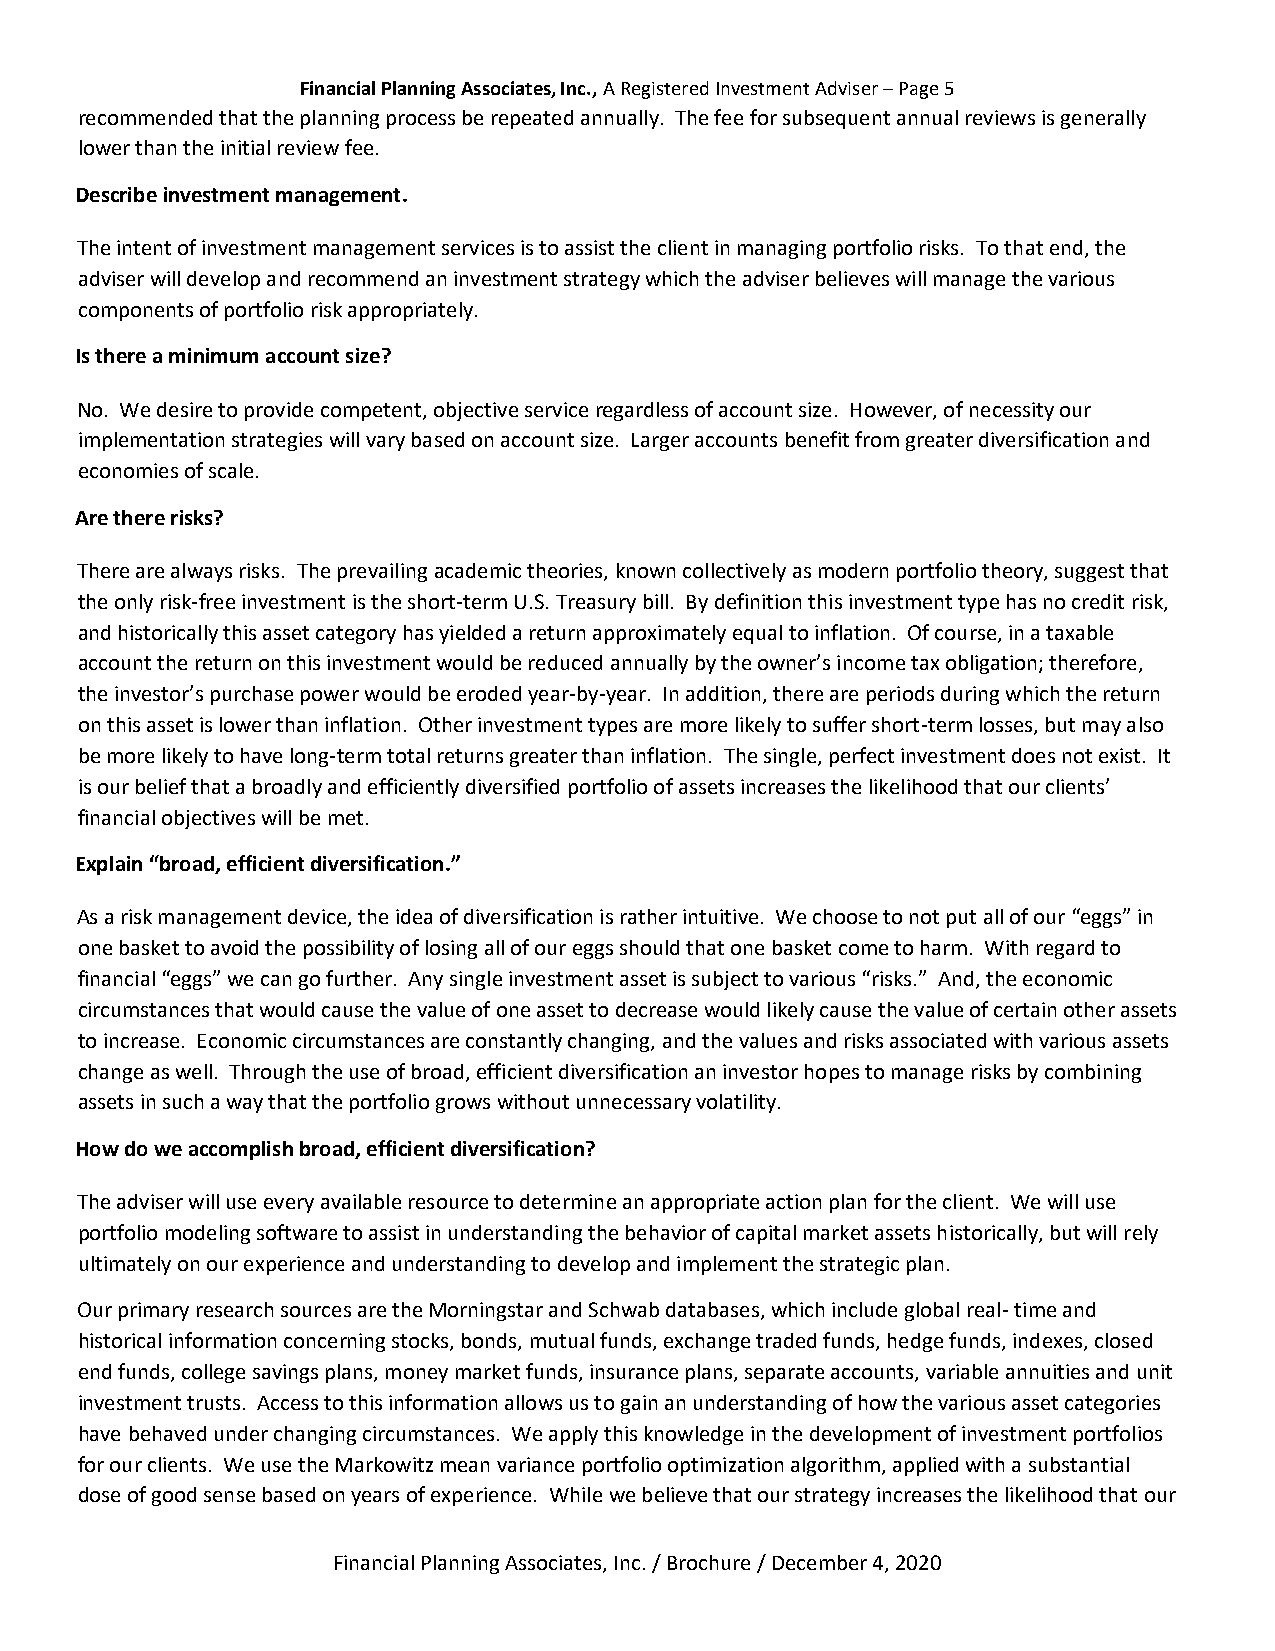
Financial Planning Associates, Inc., A Registered Investment Adviser – Page 5
 recommended that the planning process be repeated annually. The fee for subsequent annual reviews is generally
 lower than the initial review fee.
 Describe investment management.
 The intent of investment management services is to assist the client in managing portfolio risks. To that end, the
 adviser will develop and recommend an investment strategy which the adviser believes will manage the various
 components of portfolio risk appropriately.
 Is there a minimum account size?
 No. We desire to provide competent, objective service regardless of account size. However, of necessity our
 implementation strategies will vary based on account size. Larger accounts benefit from greater diversification and
 economies of scale.
 Are there risks?
 There are always risks. The prevailing academic theories, known collectively as modern portfolio theory, suggest that
 the only risk-free investment is the short-term U.S. Treasury bill. By definition this investment type has no credit risk,
 and historically this asset category has yielded a return approximately equal to inflation. Of course, in a taxable
 account the return on this investment would be reduced annually by the owner’s income tax obligation; therefore,
 the investor’s purchase power would be eroded year-by-year. In addition, there are periods during which the return
 on this asset is lower than inflation. Other investment types are more likely to suffer short-term losses, but may also
 be more likely to have long-term total returns greater than inflation. The single, perfect investment does not exist. It
 is our belief that a broadly and efficiently diversified portfolio of assets increases the likelihood that our clients’
 financial objectives will be met.
 Explain “broad, efficient diversification.”
 As a risk management device, the idea of diversification is rather intuitive. We choose to not put all of our “eggs” in
 one basket to avoid the possibility of losing all of our eggs should that one basket come to harm. With regard to
 financial “eggs” we can go further. Any single investment asset is subject to various “risks.” And, the economic
 circumstances that would cause the value of one asset to decrease would likely cause the value of certain other assets
 to increase. Economic circumstances are constantly changing, and the values and risks associated with various assets
 change as well. Through the use of broad, efficient diversification an investor hopes to manage risks by combining
 assets in such a way that the portfolio grows without unnecessary volatility.
 How do we accomplish broad, efficient diversification?
 The adviser will use every available resource to determine an appropriate action plan for the client. We will use
 portfolio modeling software to assist in understanding the behavior of capital market assets historically, but will rely
 ultimately on our experience and understanding to develop and implement the strategic plan.
 Our primary research sources are the Morningstar and Schwab databases, which include global real- time and
 historical information concerning stocks, bonds, mutual funds, exchange traded funds, hedge funds, indexes, closed
 end funds, college savings plans, money market funds, insurance plans, separate accounts, variable annuities and unit
 investment trusts. Access to this information allows us to gain an understanding of how the various asset categories
 have behaved under changing circumstances. We apply this knowledge in the development of investment portfolios
 for our clients. We use the Markowitz mean variance portfolio optimization algorithm, applied with a substantial
 dose of good sense based on years of experience. While we believe that our strategy increases the likelihood that our
 Financial Planning Associates, Inc. / Brochure / December 4, 2020